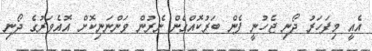
އެއީ މިފަހަރު ދޯނި ޖެހުނީ ފެން ބަރުކޮއްގެން ނެރުން ވަންނަނިކޮށް އޮއެވަރުގެ ދޯނި